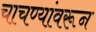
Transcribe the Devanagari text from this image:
चाचण्यांवरून